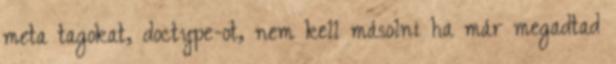
meta tagokat, doctype-ot, nem kell másolni ha már megadtad